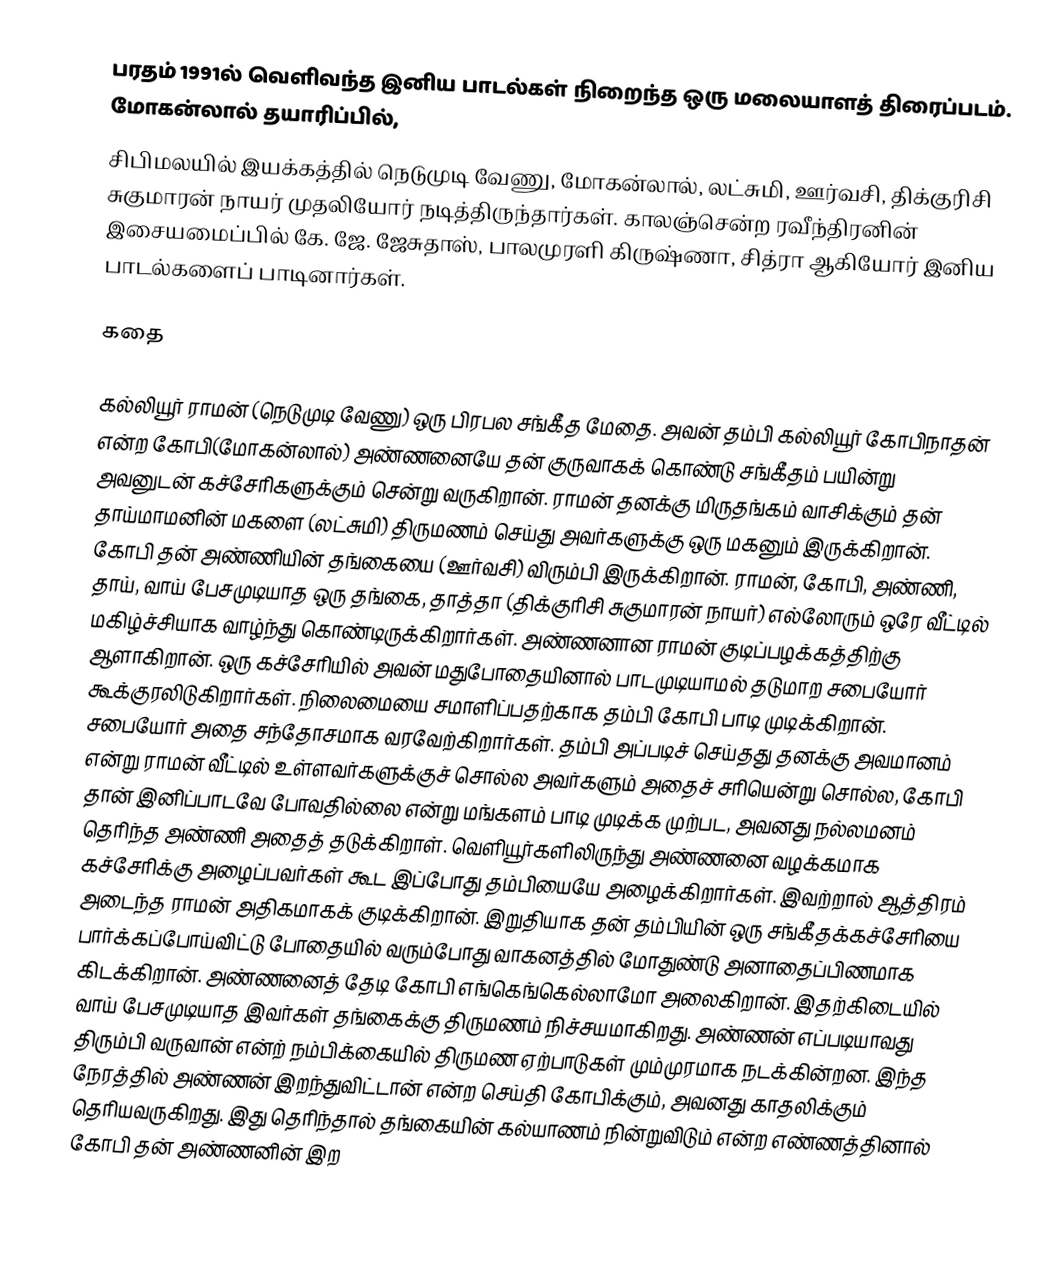
பரதம் 1991ல் வெளிவந்த இனிய பாடல்கள் நிறைந்த ஒரு மலையாளத் திரைப்படம். மோகன்லால் தயாரிப்பில்,
சிபிமலயில் இயக்கத்தில் நெடுமுடி வேணு, மோகன்லால், லட்சுமி, ஊர்வசி, திக்குரிசி சுகுமாரன் நாயர் முதலியோர் நடித்திருந்தார்கள். காலஞ்சென்ற ரவீந்திரனின் இசையமைப்பில் கே. ஜே. ஜேசுதாஸ், பாலமுரளி கிருஷ்ணா, சித்ரா ஆகியோர் இனிய பாடல்களைப் பாடினார்கள்.

கதை

கல்லியூர் ராமன் (நெடுமுடி வேணு) ஒரு பிரபல சங்கீத மேதை. அவன் தம்பி கல்லியூர் கோபிநாதன் என்ற கோபி(மோகன்லால்) அண்ணனையே தன் குருவாகக் கொண்டு சங்கீதம் பயின்று அவனுடன் கச்சேரிகளுக்கும் சென்று வருகிறான். ராமன் தனக்கு மிருதங்கம் வாசிக்கும் தன் தாய்மாமனின் மகளை (லட்சுமி) திருமணம் செய்து அவர்களுக்கு ஒரு மகனும் இருக்கிறான். கோபி தன் அண்ணியின் தங்கையை (ஊர்வசி) விரும்பி இருக்கிறான். ராமன், கோபி, அண்ணி, தாய், வாய் பேசமுடியாத ஒரு தங்கை, தாத்தா (திக்குரிசி சுகுமாரன் நாயர்) எல்லோரும் ஒரே வீட்டில் மகிழ்ச்சியாக வாழ்ந்து கொண்டிருக்கிறார்கள். அண்ணனான ராமன் குடிப்பழக்கத்திற்கு ஆளாகிறான். ஒரு கச்சேரியில் அவன் மதுபோதையினால் பாடமுடியாமல் தடுமாற சபையோர் கூக்குரலிடுகிறார்கள். நிலைமையை சமாளிப்பதற்காக தம்பி கோபி பாடி முடிக்கிறான். சபையோர் அதை சந்தோசமாக வரவேற்கிறார்கள். தம்பி அப்படிச் செய்தது தனக்கு அவமானம் என்று ராமன் வீட்டில் உள்ளவர்களுக்குச் சொல்ல அவர்களும் அதைச் சரியென்று சொல்ல, கோபி தான் இனிப்பாடவே போவதில்லை என்று  மங்களம் பாடி முடிக்க முற்பட, அவனது நல்லமனம் தெரிந்த அண்ணி அதைத் தடுக்கிறாள். வெளியூர்களிலிருந்து அண்ணனை வழக்கமாக கச்சேரிக்கு அழைப்பவர்கள் கூட இப்போது தம்பியையே அழைக்கிறார்கள். இவற்றால் ஆத்திரம் அடைந்த ராமன் அதிகமாகக் குடிக்கிறான். இறுதியாக தன் தம்பியின் ஒரு சங்கீதக்கச்சேரியை பார்க்கப்போய்விட்டு போதையில் வரும்போது வாகனத்தில் மோதுண்டு அனாதைப்பிணமாக கிடக்கிறான். அண்ணனைத் தேடி கோபி எங்கெங்கெல்லாமோ அலைகிறான். இதற்கிடையில் வாய் பேசமுடியாத இவர்கள் தங்கைக்கு திருமணம் நிச்சயமாகிறது. அண்ணன் எப்படியாவது திரும்பி வருவான் என்ற் நம்பிக்கையில் திருமண ஏற்பாடுகள் மும்முரமாக நடக்கின்றன. இந்த நேரத்தில் அண்ணன் இறந்துவிட்டான் என்ற செய்தி கோபிக்கும், அவனது காதலிக்கும் தெரியவருகிறது.  இது தெரிந்தால் தங்கையின் கல்யாணம் நின்றுவிடும் என்ற எண்ணத்தினால் கோபி தன் அண்ணனின் இற